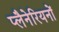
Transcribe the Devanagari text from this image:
प्लैनेरियनों